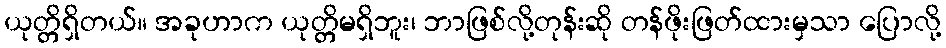
ယုတ္တိရှိတယ်။ အခုဟာက ယုတ္တိမရှိဘူး၊ ဘာဖြစ်လို့တုန်းဆို တန်ဖိုးဖြတ်ထားမှသာ ပြောလို့